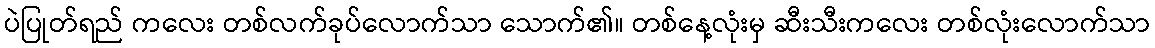
ပဲပြုတ်ရည် ကလေး တစ်လက်ခုပ်လောက်သာ သောက်၏။ တစ်နေ့လုံးမှ ဆီးသီးကလေး တစ်လုံးလောက်သာ